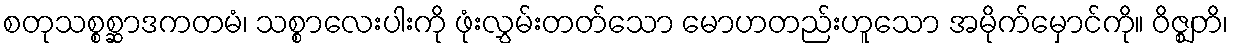
စတုသစ္စစ္ဆာဒကတမံ၊ သစ္စာလေးပါးကို ဖုံးလွှမ်းတတ်သော မောဟတည်းဟူသော အမိုက်မှောင်ကို။ ဝိဇ္ဈတိ၊